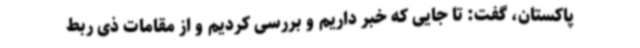
پاکستان، گفت: تا جایی که خبر داریم و بررسی کردیم و از مقامات ذی ربط